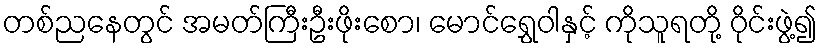
တစ်ညနေတွင် အမတ်ကြီးဦးဖိုးစော၊ မောင်ရွှေဝါနှင့် ကိုသူရတို့ ဝိုင်းဖွဲ့၍